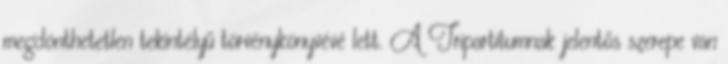
megdönthetetlen tekintélyű törvénykönyvévé lett. A Tripartitumnak jelentős szerepe van